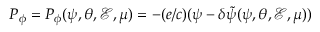
P _ { \phi } = P _ { \phi } ( \psi , \theta , \mathcal { E } , \mu ) = - ( e / c ) ( \psi - \delta \tilde { \psi } ( \psi , \theta , \mathcal { E } , \mu ) )